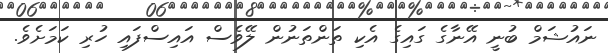
ނައުޝަމް ބުނީ އޭނާގެ ގައިގެ އެކި ތަންތަނުން ލޭވެސް އައިސްފައި ހުރި ކަމަށެވެ.